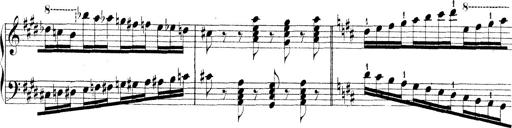
Title: Technische Studien
Composer: Franz Liszt